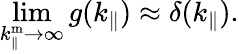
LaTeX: \operatorname*{lim}_{k_{\parallel}^{\mathrm{m}}\to\infty}g(k_{\parallel})\approx\delta(k_{\parallel}).